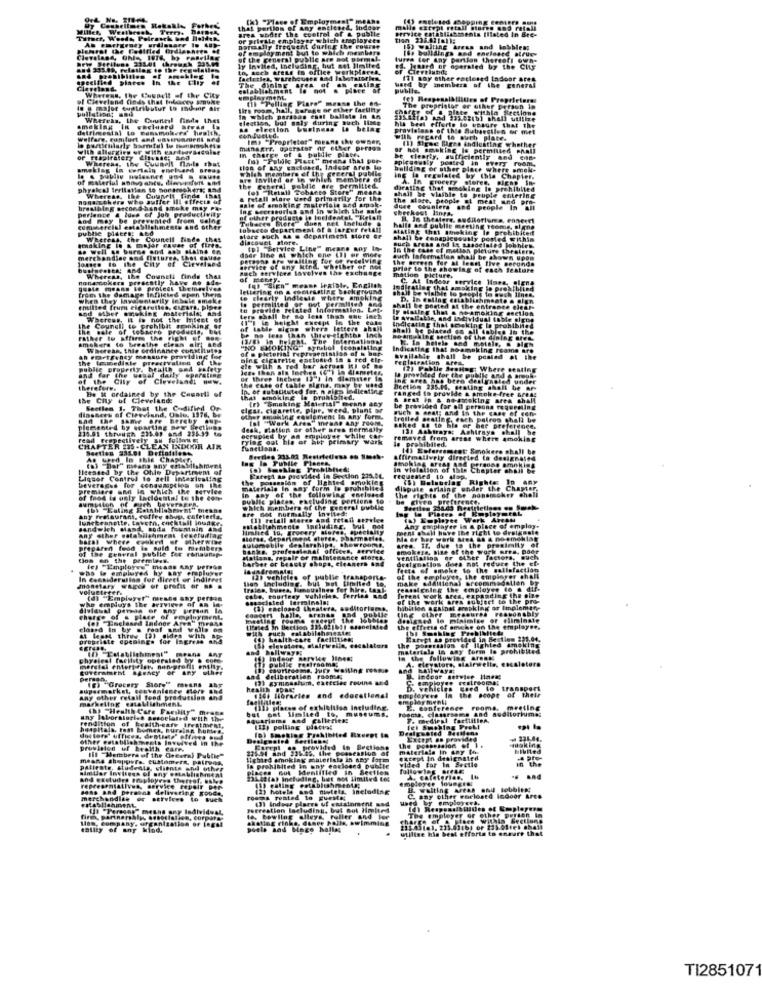
a under the control of & publle
I Any ONE
service establishments Illated In Bre-
3 ret
er which ursplay
tion
che
of employment but to which membe
sally frequent during the Cours
IS+ bolldings and enelaste atrue
of the general public are not porma.
tures for any partlan thereef! own-
Invited, Including, but not limited
auch trete in office workplone
Jeaard er operated by the City
11 any other eacle
ed Indost
of the City
establishment is not a piece
The GIGIDE.
ed by members of the general
of Cleveland din
mplayment.
th Pelling Flare"m
messe the e
lire room, hall, tarage or ether fartinty
in which persson eset ballete In
The pre
preprintog or
F Prisen
Whereas, the Council finde thet
election, but maly during auch IlMe
itas and
delfimental
se election business Is belag
forte lo Upsure that the
[m3 "Proprietor" mesne the owner,
(1) Diese Bree indlusting whether
h recard to suth plates
In charge of & bulille plates
minakrf, operator or other prrigs
ar het smoking is permitted Phall
of respiratory Clivises
Counalt nadde chat
"means that por-
picusualy posted In EVETT
clearly, sufficiently and con-
making
tion of any caclosed, Indoor ares lo
Thish members of the greeral publie
ballding or other
Ing is regulated by Chi
Chat
are Invited or in which members
A. In
In grocery
hrakal tertietlen to horansshers sad
the Get
(9) "Itetall Tobaces S
esterel poldie are permitted.
bares Store meses
dieating thef gee
nonw.Eckers who suffer Ill effects of
Whereas, Ibe Coupelt finde that
a ratall stare word primarily for the
shall be viaible to peuple
the stage, people at me
brestning second-hing poke may pa-
pertence & laws of J
productivity
sale of smoking materials and smak
Ing accessories and in which the gal
dure couniers and per
and may be prote
rented from
af other producte io Incidental. "Helal
Tobeers flere duen net Include
publie piders; and
Ishments and other
tobscto department of & larger fe
salle sed publie
rating that atheking
WE
WEcreas, the Council finde thet
discoNEL store.
store such &s . department store e
such tress and I
shall be conaples
de well as burne and ash Mains en
the City of Clev
for Of receiving
auch laformation
Bach services law
vite of any kind
rthet of moi
+ exchange
urfor to the showing of
nona tokers presently have no
Whereas, Ibe Couneli finds the
mation Picture.
C. At Indesr
from the damage Infiletes eten them
protest themeglyes
of se viniale lo people to auch lines.
when they Involuntarily inbale smake
Out
and other Freking materiale,
emitted frum elgar
d Information.
O thel e nosmoking enellon
alt be posted at the entrance (leafs
Wheress, IL is not the Intent of
Wach
less thas che ine
cept in the
nelcating that soisking Is prohibited
the Counell to prohibit spanking 9
tobacco products,
of table sigue
wher
she
lettere
shall be placed fyll tables In the
Jsterat
Dameklng section of the dining ares
smokers to breathe clean air; and
Whereas, this ordinance constitutes
of a pictorial
"NO SKOR
Ist of #
ficati
the
CD FRFTFenty messure providing
Immediate preactvaling of the
& ted
eglotration
Table tha
pestad # the
publie property, health and safety
ele with & Ted b
Iste then ais lect
and far the
the City of Cleveland: How.
of three thehrs
. ease of table
mowided for the py
therefore.
Be it ordained by the Casarti of
In. or substituted for. n giga ledlents
Section 235.16, Beating
ranged is provide &
.fre
the City of Cleveland
that smoking is prohibited.
(r) "Smoking Material" e
finsGers of Cleveland, Oale, 1976, be
Seetlen 1. That the Codified Or
sicur. Cigarette, pipe, weed, plant or
wuch . seal; and
be provided far
LAP CARE
Had the same are hereby #up-
Sher erasing coulement in any form.
Ist "Werk Ares" inrans Any room,
225.01 through #34.09
nd 235:39 to
Jesh, Blation or other ares nern
asked Bo to
13) Ashtrays: Ashtrays
her prefer
read Frepectively Bn f
rylag oat his or ait primary
berupied by an employee while
remaved from areas where amo
prebiblled.
TER 135 -CLEAN INDOOR AIR
functiona.
## 233.02
affirmalively
[sessed by the
(a) "Dar" means any enablishment
# Ohle Depart
In violation of 1
Liquor Control to sell intoxicating
averages for conawasption on the
Parept an provided in
PostIon 275.
requested to
4 which the
of the
form
Mlowing enelos
. prohibl
dispute arlain
The Fights of the nonen
s under the
CRIM
of food is only Iacidental to the con-
public piac
ID: "Laling Eetablisbernt" means
are not normally Ingitedi
ch members of the peberal pytt
Plates
(1) tetall sorte 4
Werk A
idwich Mand, soda fountain And
ment chali have the right
Any chiplayer
employ
barat where cpuked of otherwise
other establishment tesetudtag
shores. deparim
automobily de
hew
Ma or her
of the general publie for Funaurap.
preparen food is sold to members
banks. prefe
aree
okers. bise of the work
due to the p
fios en the premieen.
Arbet or beasty
spalr
Grelgostlos does mat reduce the
who we employed by any erapluser
frem
fatte of smoke to the salisfact
In Ceesiderutias for direct or indirect
Lien Including.
but Del
f publie tran
make
monetary wires or profit of BA
for hire, tank
resssichlng the employee!
Whe employs the arrvieve of as lo
(d) "Employer" meshe any person
be, courtesy V
ferrie
of the work area subject to the
Intent work ares
AndIng the
SIvisual permis of any Person la
(1) .
auditori
hibition & galost arepking or Implemt
ting other
charge of s place of Foployment,
ert halle, arena
designed lo minimlte of
In by . roof and valls om
(Ifsted in Bection 331,021011 9480
the effects of omche on the employee.
progriste
Ate opening.
for Ingr
aides with AP
(6) health-care facilities
the por
Eatypt is provided in Section 235.
rtals in any form Is prohibited
ersalon of lighted amok
la the following &reg
CurEram
BARNEY
ma. Jury waiting rose
12) gymnasium, exttelec rouins and
Indoor setvice Hines;
supermarket, conveniente sert
6. vehicles cord to transpor
of their
Any other cefall feed productles .
arheling establishment
1106 libraries and educational
playmenti
Chp "Health Care Farsity" mrats
but pat llelted to, museums,
hab places of exhieltlos including.
E. conference
rooms. mretin
renditton
Sboralogies sesocialed with the
F. medical fartillieA
[13) polling piatto:
(D) Smoking Prohibited Exeeet to
other establish
eels Involved in the
Exerpt as provided
provielen
III Members of the Oveoral Putting
23591 And 235:25, the possession of
provided in Sections
mAlertala in Lay 4
Bibited
means shops
except In designated
vided far In Sectle
in the
Is prohibited in ony carloend pit
denti
following
tabiusmes
louegrel
woah del
(2) hotels and nietela, Including
valting Artas .hu toubit !!
merchandise or services
rooms rented to gueME;
(3) indoor plares uf entstomine
any other roclosed icdoor Arce
by employera.
recreation lacluding, but not limited
le, Bowling alleys. Felltr ind
moleyer or other person
Within Sections
kind.
best effortet
TI2851071